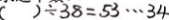
( ) \div 3 8 = 5 3 \cdots 3 4